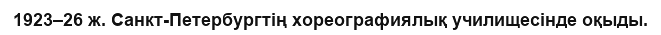
1923–26 ж. Санкт-Петербургтің хореографиялық училищесінде оқыды.